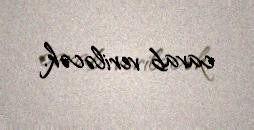
cavab veriləcək.